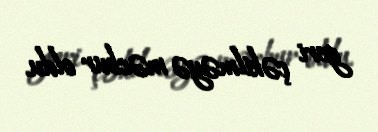
geri çəkilməyə məcbur oldu.